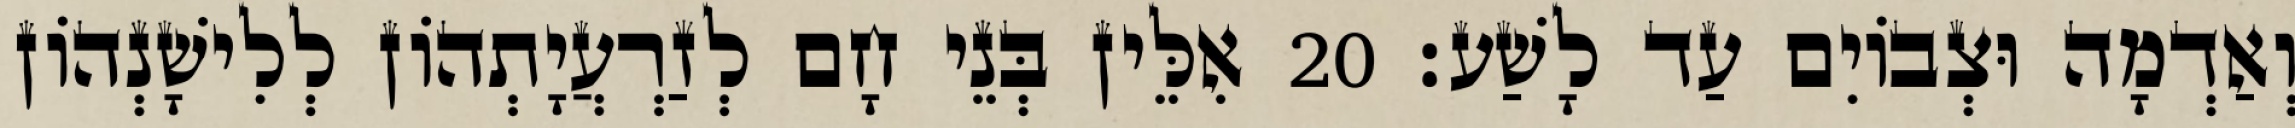
וְאַדְמָה וּצְבוֹיִם עַד לָשַׁע׃ 20 אִלֵּין בְּנֵי חָם לְזַרְעֲיָתְהוֹן לְלִישָׁנְהוֹן